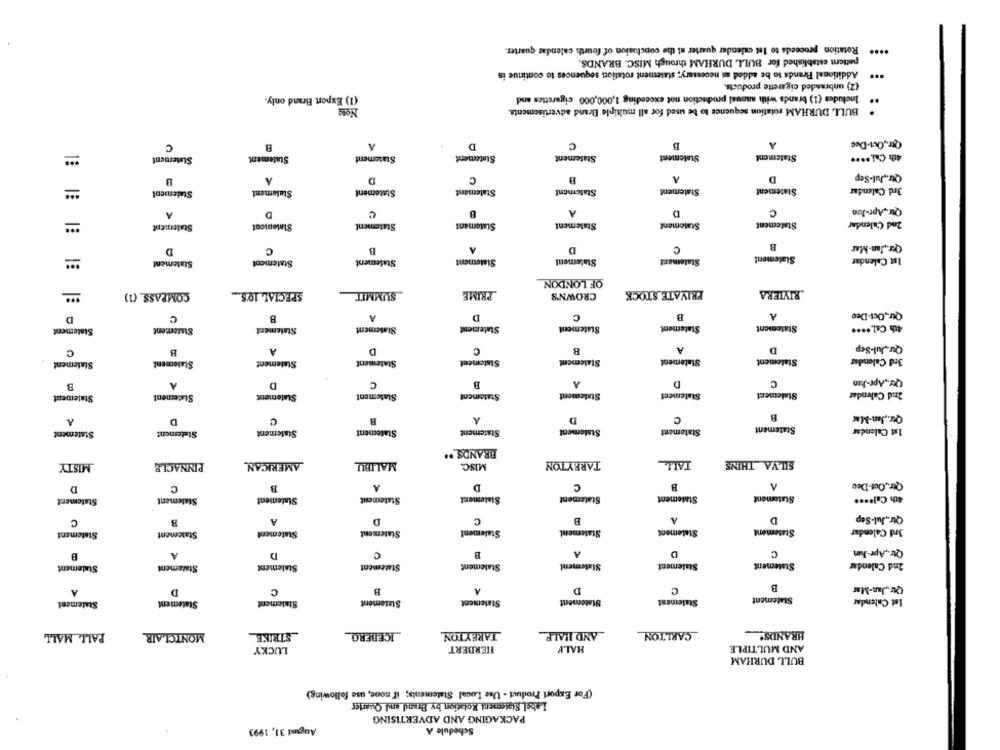
.... Rotation proceeds to lat calendar quarter at the conclusion of fourth calendar quarter.
pattcm established for BULL DURHAM through MISC. BRANDS.
*** Additional Brands to be added as necessary; statement rotation sequences to continue in
(2) unbranded cigarette products.
(1) Export Brand only.
Includes (1) brands with manual production not exceeding 1,000,000 cigarettes and
..
BULL DURHAM rotation sequence to be used for all multiple Brand advertisementa.
A
C
A
Qtr ., Out-Dee
C
8
D
Statement
Statement
Statement
Statement
Statement
Statement
Statement
4th Cal .····
A
D
C
A
D
Qur ., Jul-Sep
Statement
3rd Calendar
Statement
Swalement
Statement
Statement
Statement
Statement
A
C
Qur ., Apr-Jan
A
D
B
D
Statement
Sintemcat
Statement
Statement
Statement
Stmoment
Statement
2nd Calendar
D
C
B
A
D
C
B
Qur ., Jan-Mar
Statement
Statement
Statement
Statement
Statement
Statement
Statement
Ist Calendar
18 18 18 18
OF LONDON
COMPASS (1)
SPECIAL 10'S .__
PRIME
CROWN'S
PRIVATE STOCK
RIVIERA
SUMMIT
A
D
C
B
Qur,Oct-Dee
D
C
B
Statement
Statement
Sistement
Statement
Statement
Statement
Statement
Staternent
4th Cal .....
Qur.Jul-Sep
C
B
A
D
C
B
A
D
Statement
Statement
Statement
3rd Calendar
Statement
Statement
Statement
Statement
Statement
A
D
C
B
A
D
C
Qor,Apr-Jun
Statement
Statement
Statement
Statement
Statement
Statement
Statement
Statement
2nd Calendar
8
A
D
C
B
A
D
C
Qur ., Jan-Mar
Statement
Statement
Ist Calendar
Statement
Statement
Statement
Statement
Statement
Statement
BRANDS ..
TALL
MISTY
PINNACLE
AMERICAN
MALIBU
MISC.
TARRYTON
SILVA THINS
D
C
B
A
D
C
B
A
Qtr ., Oct-Deo
Statement
Statement
Statement
Statement
Statement
Statement
Statement
4th Cal ****
A
D
C
B
D
Qur ., Jul-Sep
C
Statement
Statement
Statement
Statement
Stalement
Statement
Statement
Suasement
3rd Calendar
B
A
D
C
B
D
C
Qtr ., Apr-Jum
Statement
Statement
2nd Calendar
Statement
Statement
Stalement
Statement
Statement
Statement
B
A
D
C
B
D
C
Qur ., Jus-Mar
Statement
Statement
Statement
Statement
Ist Calendar
Statement
Statement
Statement
Statement
PALL MALL
MONTCLAIR
STRIKE
ICEBERG
TAREYTON
AND HALF
CARLTON
HRANDS'
LUCKY
HERBERT
HALF
AND MULTIPLE
BULL DURHAM
(For Export Product - Use Local Statements; if none, use following)
Label Statement Rotation by Brand and Quarter
PACKAGING AND ADVERTISING
August 31, 1993
Schedule A